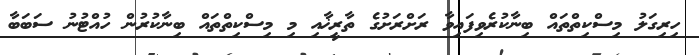
ހިރިގަލު މިސްކިތްތައް ބިނާކުރެވިފައިވާ ރަށްރަށުގެ ތާރީޚާއި މި މިސްކިތްތައް ބިނާކުރުން ހުއްޓުނު ސަބަބާ